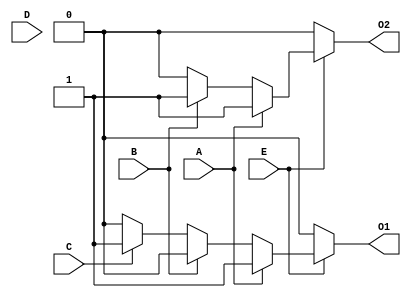
`timescale 1ns / 1ps
//////////////////////////////////////////////////////////////////////////////////
// Company: 
// Engineer: 
// 
// Design Name: 
// Module Name: code
// Project Name: 
// Target Devices: 
// Tool Versions: 
// Description: 
// 
// Dependencies: 
// 
// Revision:
// Revision 0.01 - File Created
// Additional Comments:
// 
//////////////////////////////////////////////////////////////////////////////////

module code(A, B, C, D, E, O1, O2);
    input A, B, C, D, E;
    output O1, O2;
    
    assign O2 = E?(A?1:(B?1:(C?0:(D?0:0)))):0;
    assign O1 = E?(A?1:(B?0:(C?1:(D?0:0)))):0;
    
endmodule